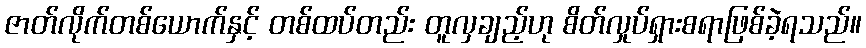
ဇာတ်လိုက်တစ်ယောက်နှင့် တစ်ထပ်တည်း တူလှချည့်ဟု စိတ်လှုပ်ရှားစရာဖြစ်ခဲ့ရသည်။